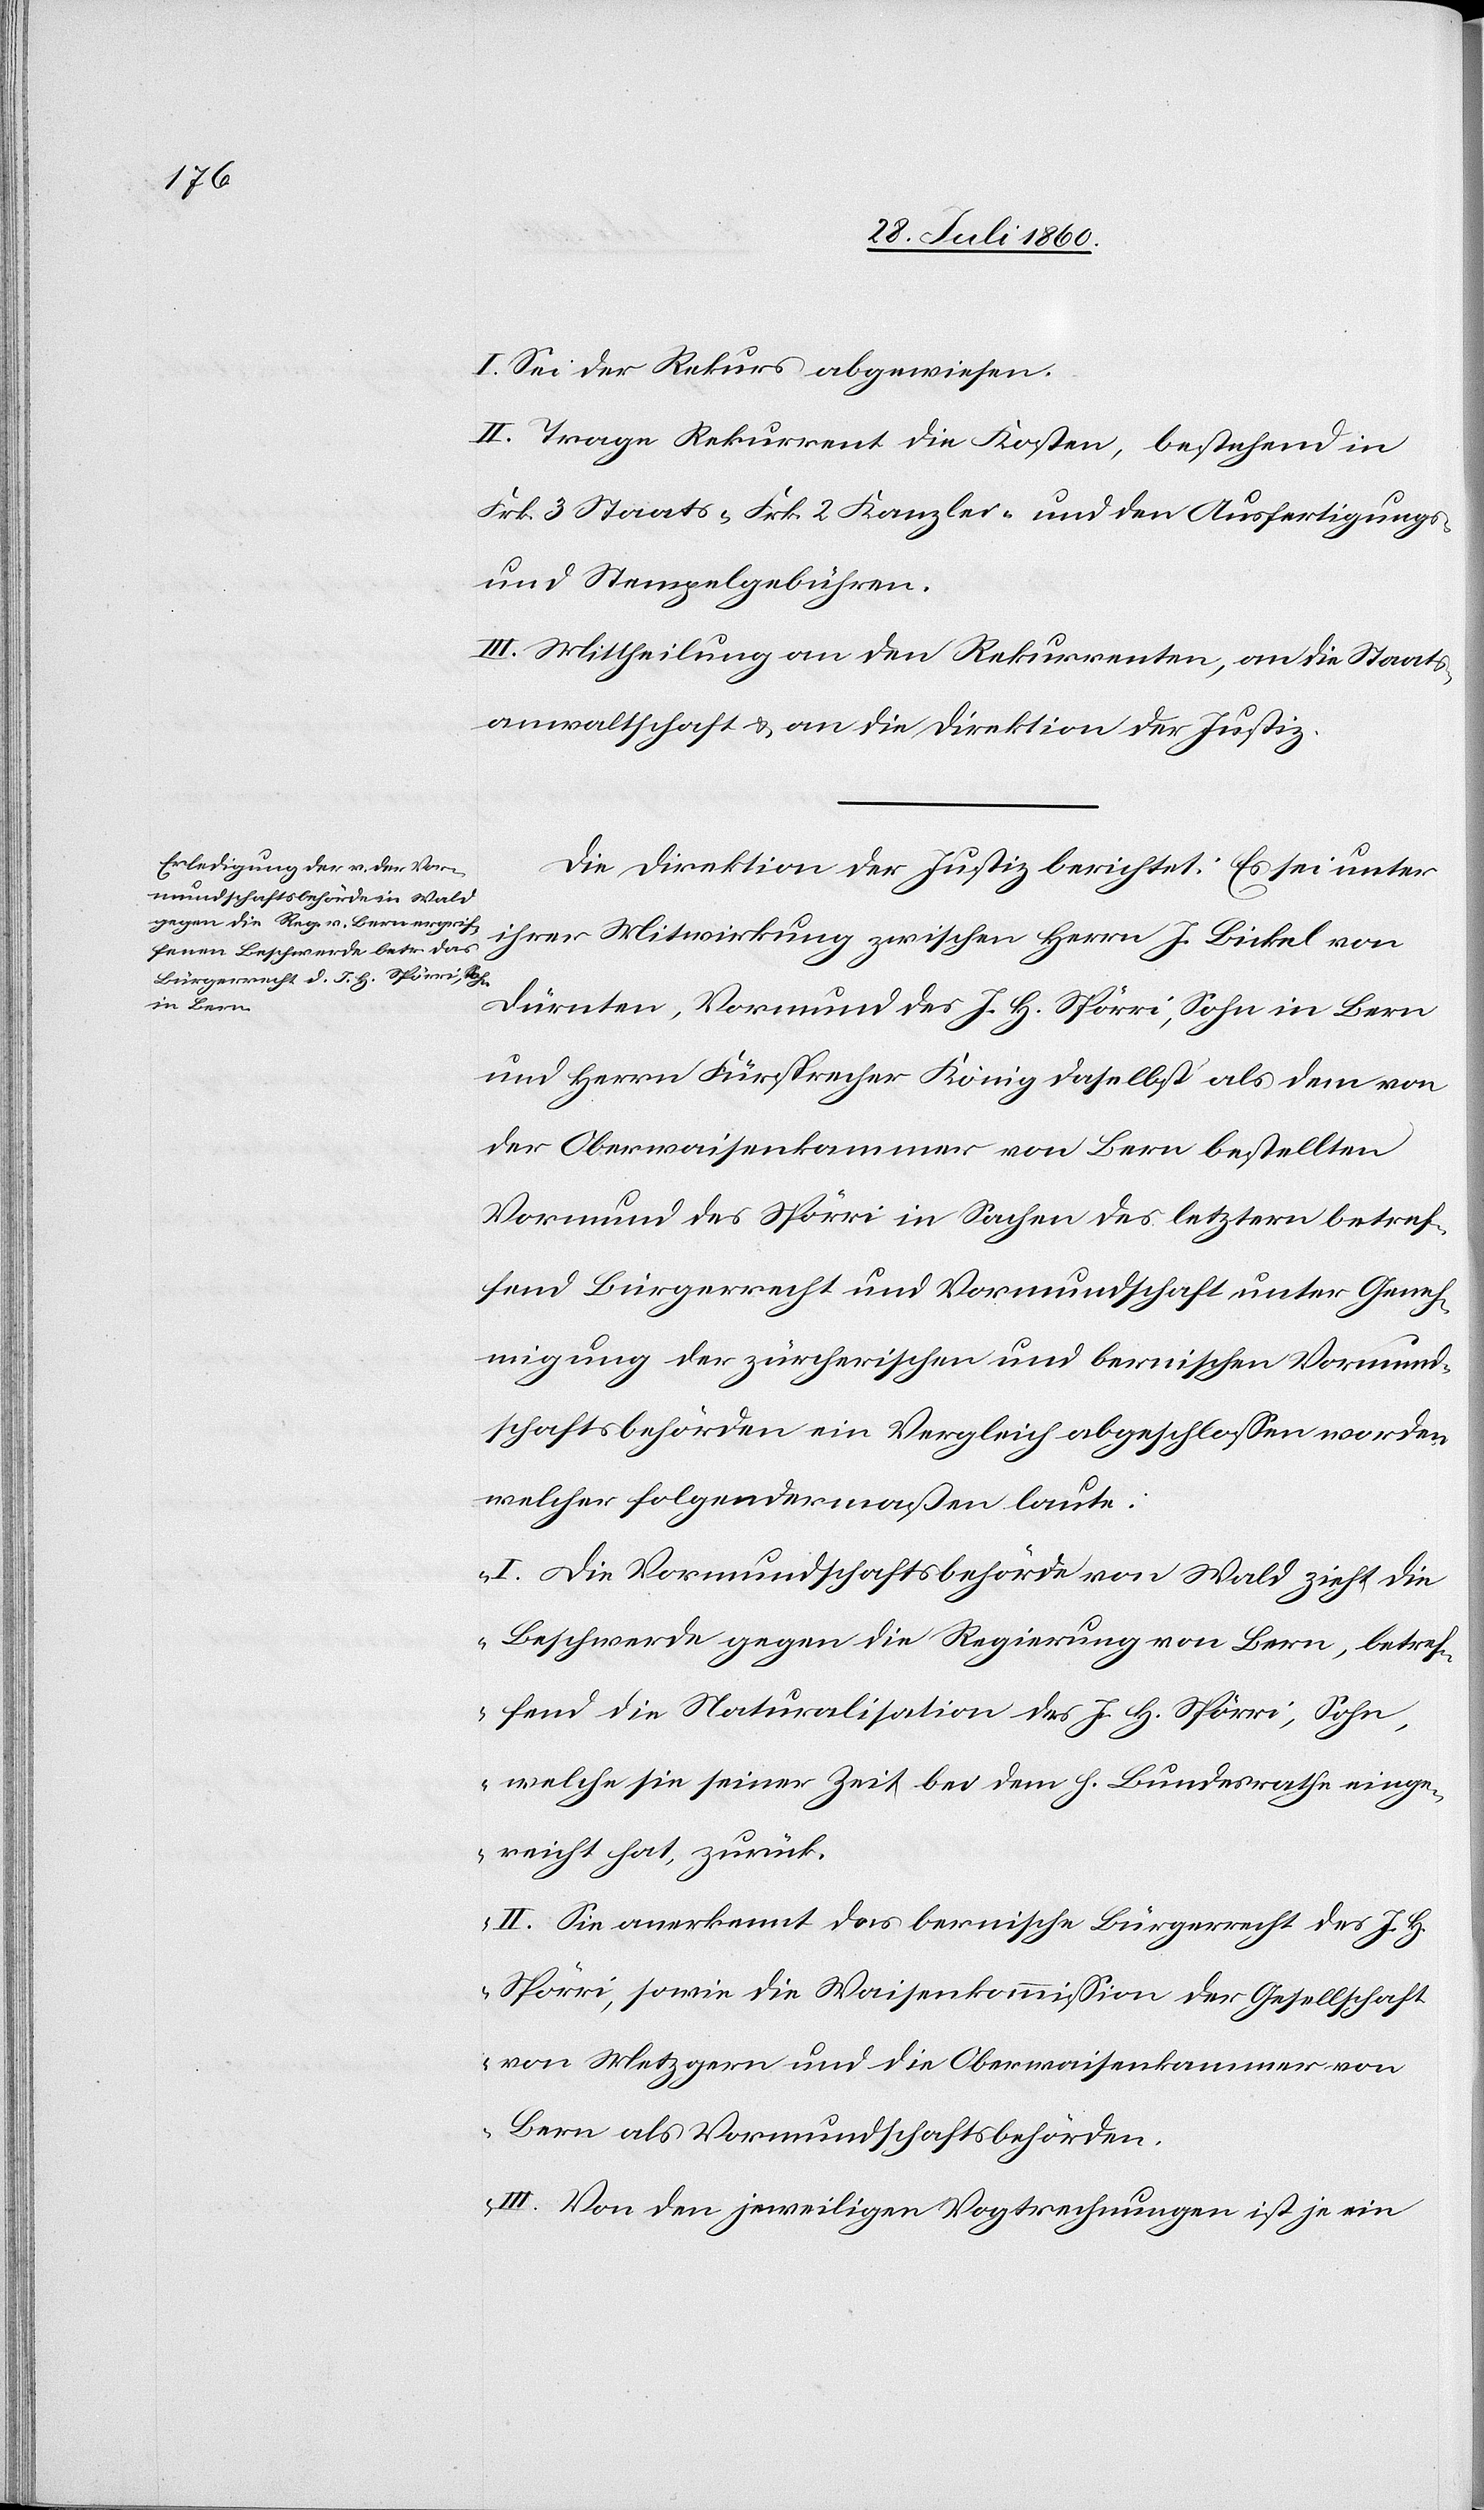
I. Sei der Rekurs abgewiesen.
II. Trage Rekurrent die Kosten, bestehend in
u. Stempelgebühren.
III. Mittheilung a) an den Rekurrenten; b) an die Staats¬
anwaltschaft u. c) an die Direktion der Justiz.
Die Direktion der Justiz berichtet: Es sei unter
ihrer Mitwirkung zwischen Herrn J. Bickel von
Dürnten, Vormund des J. H. Spörri, Sohn in Bern
und Herrn Fürsprech König daselbst als dem von
der Oberwaisenkammer von Bern bestellten
Vormund des Spörri in Sachen des letztern betref¬
fend Bürgerrecht und Vormundschaft unter Geneh¬
migung der zürcherischen und bernischen Vormund¬
schaftsbehörden ein Vergleich abgeschlossen worden,
welcher folgendermassen laute:
„I. Die Vormundschaftsbehörde von Wald zieht die
Beschwerde gegen die Regierung von Bern, betref¬
fend die Naturalisation des J. H. Spörri, Sohn,
welche sie seiner Zeit bei dem h. Bundesrathe einge¬
reicht hat, zurück.
II. Sie anerkennt das bernische Bürgerrecht des J. H.
von Metzgern und die Oberwaisenkammer von
Bern als Vormundschaftsbehörden.
III. Von den jeweiligen Vogtrechnungen ist je ein